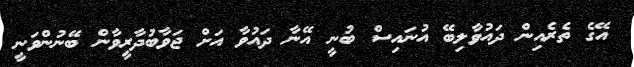
އޭގެ ތެރެއިން ދައުވާލިބޭ އުނައިސް ބުނީ އޭނާ ދައުވާ އަށް ޖަވާބުދާރީވާން ބޭނުންވަނީ